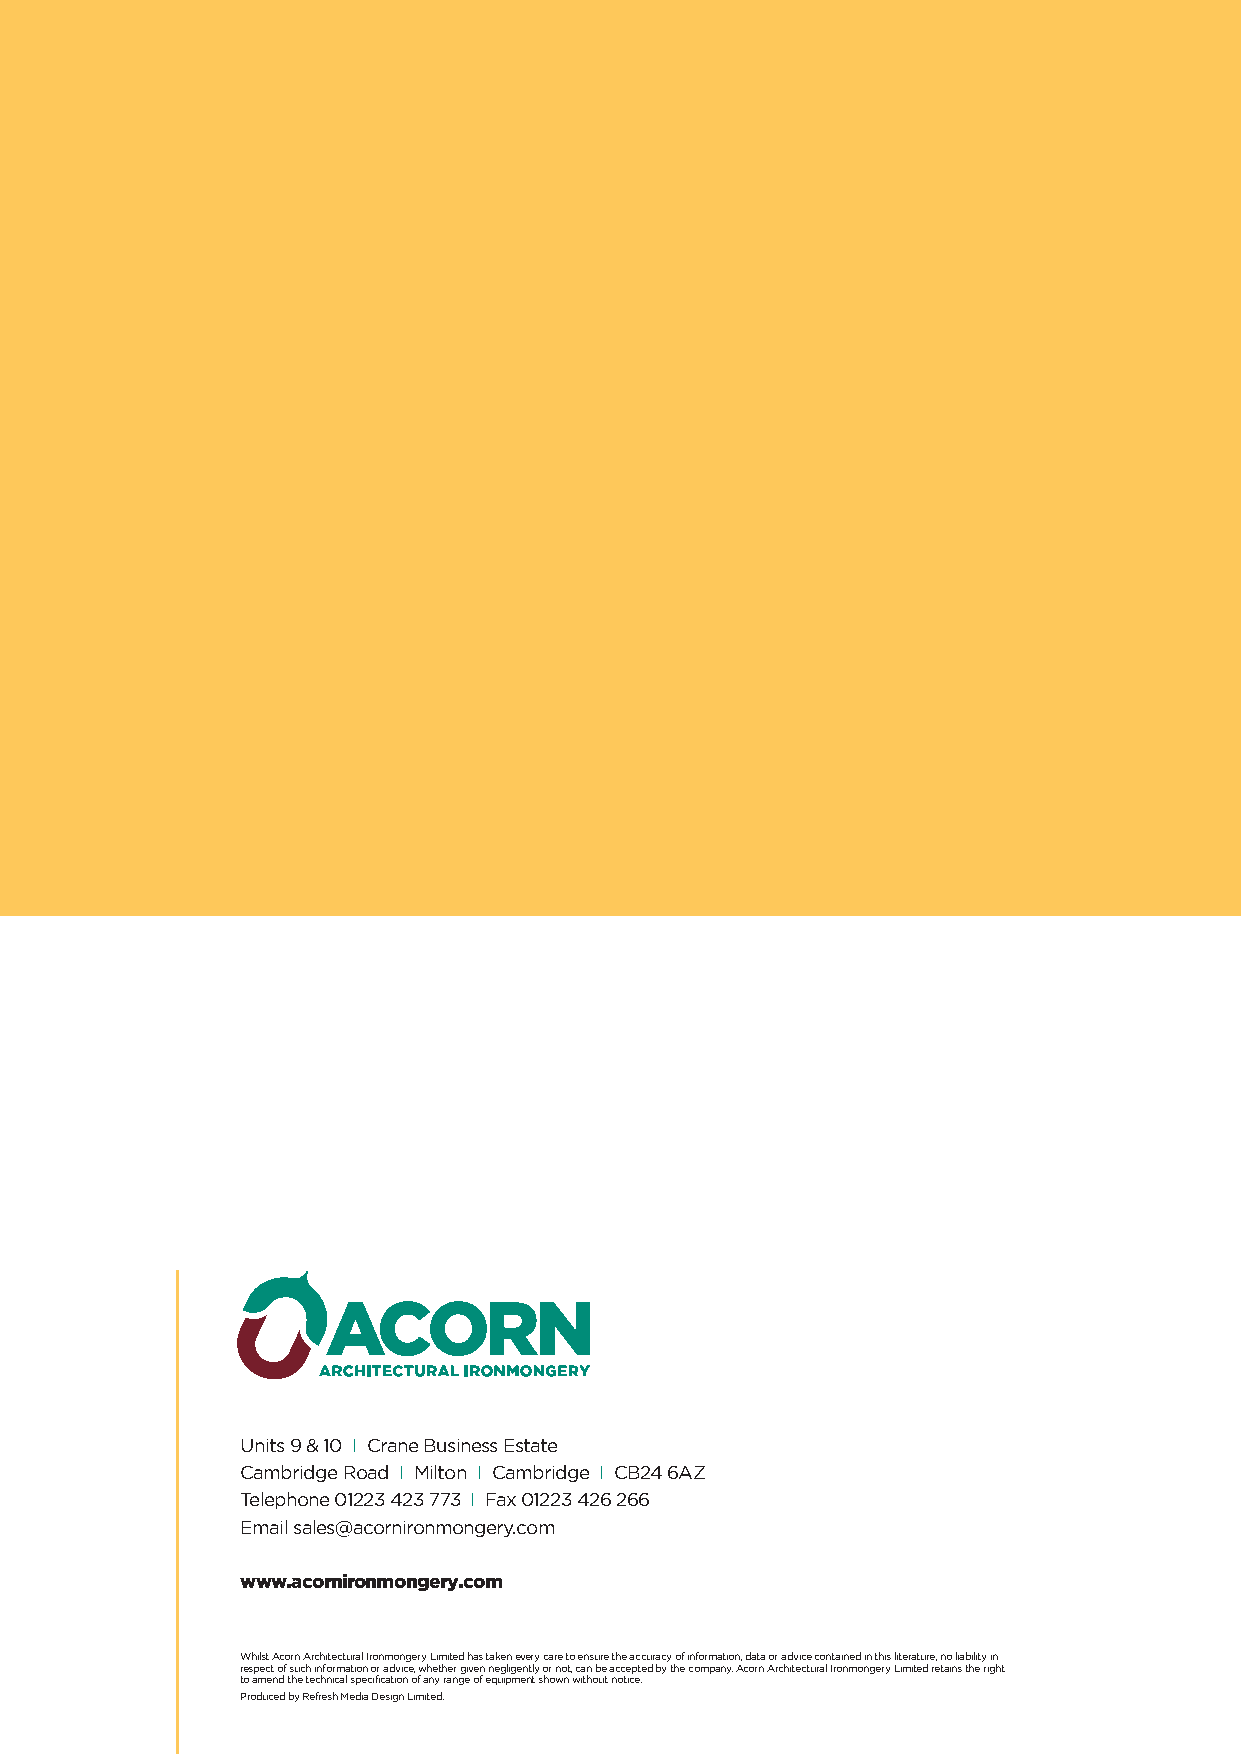
Units 9 & 10 I Crane Business Estate
 Cambridge Road I Milton I Cambridge I CB24 6AZ
 Telephone 01223 423 773 I Fax 01223 426 266
 Email sales@acornironmongery.com
 www.acornironmongery.com
 Whilst Acorn Architectural Ironmongery Limited has taken every care to ensure the accuracy of information, data or advice contained in this literature, no liability in
 respect of such information or advice, whether given negligently or not, can be accepted by the company. Acorn Architectural Ironmongery Limited retains the right
 to amend the technical specification of any range of equipment shown without notice.
 Produced by Refresh Media Design Limited.